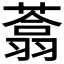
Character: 𰱺